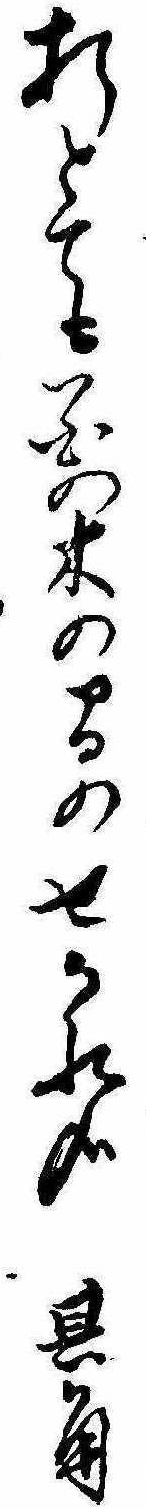
折とても花の木の間のせかれ哉其角